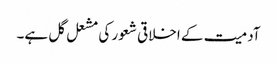
آدمیت کے اخلاقی شعور کی مشعل گل ہے۔